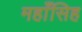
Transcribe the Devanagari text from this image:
महाँसिह